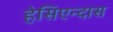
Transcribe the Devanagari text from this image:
हेसिएन्दास